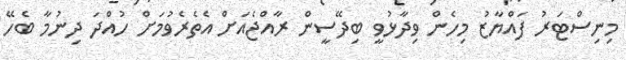
މިނިސްޓަރު ފައްޔާޒު މިހެން ވިދާޅުވީ ބިދޭސީން ރާއްޖެއަށް އެތެރެވުމަށް ހުއްދަ ދިނުމާ ބެހޭ